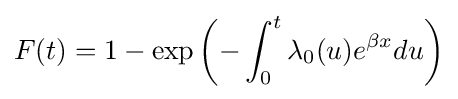
F(t)=1-\exp \left(-\int _{0}^{t}\lambda _{0}(u)e^{\beta x}du\right)